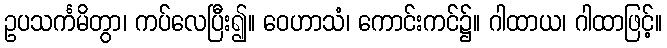
ဥပသင်္ကမိတွာ၊ ကပ်လေပြီး၍။ ဝေဟာသံ၊ ကောင်းကင်၌။ ဂါထာယ၊ ဂါထာဖြင့်။